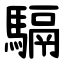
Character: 䮥